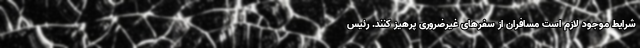
شرایط موجود لازم است مسافران از سفر‌های غیرضروری پرهیز کنند. رئیس